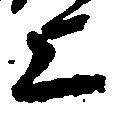
上